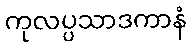
ကုလပ္ပသာဒကာနံ